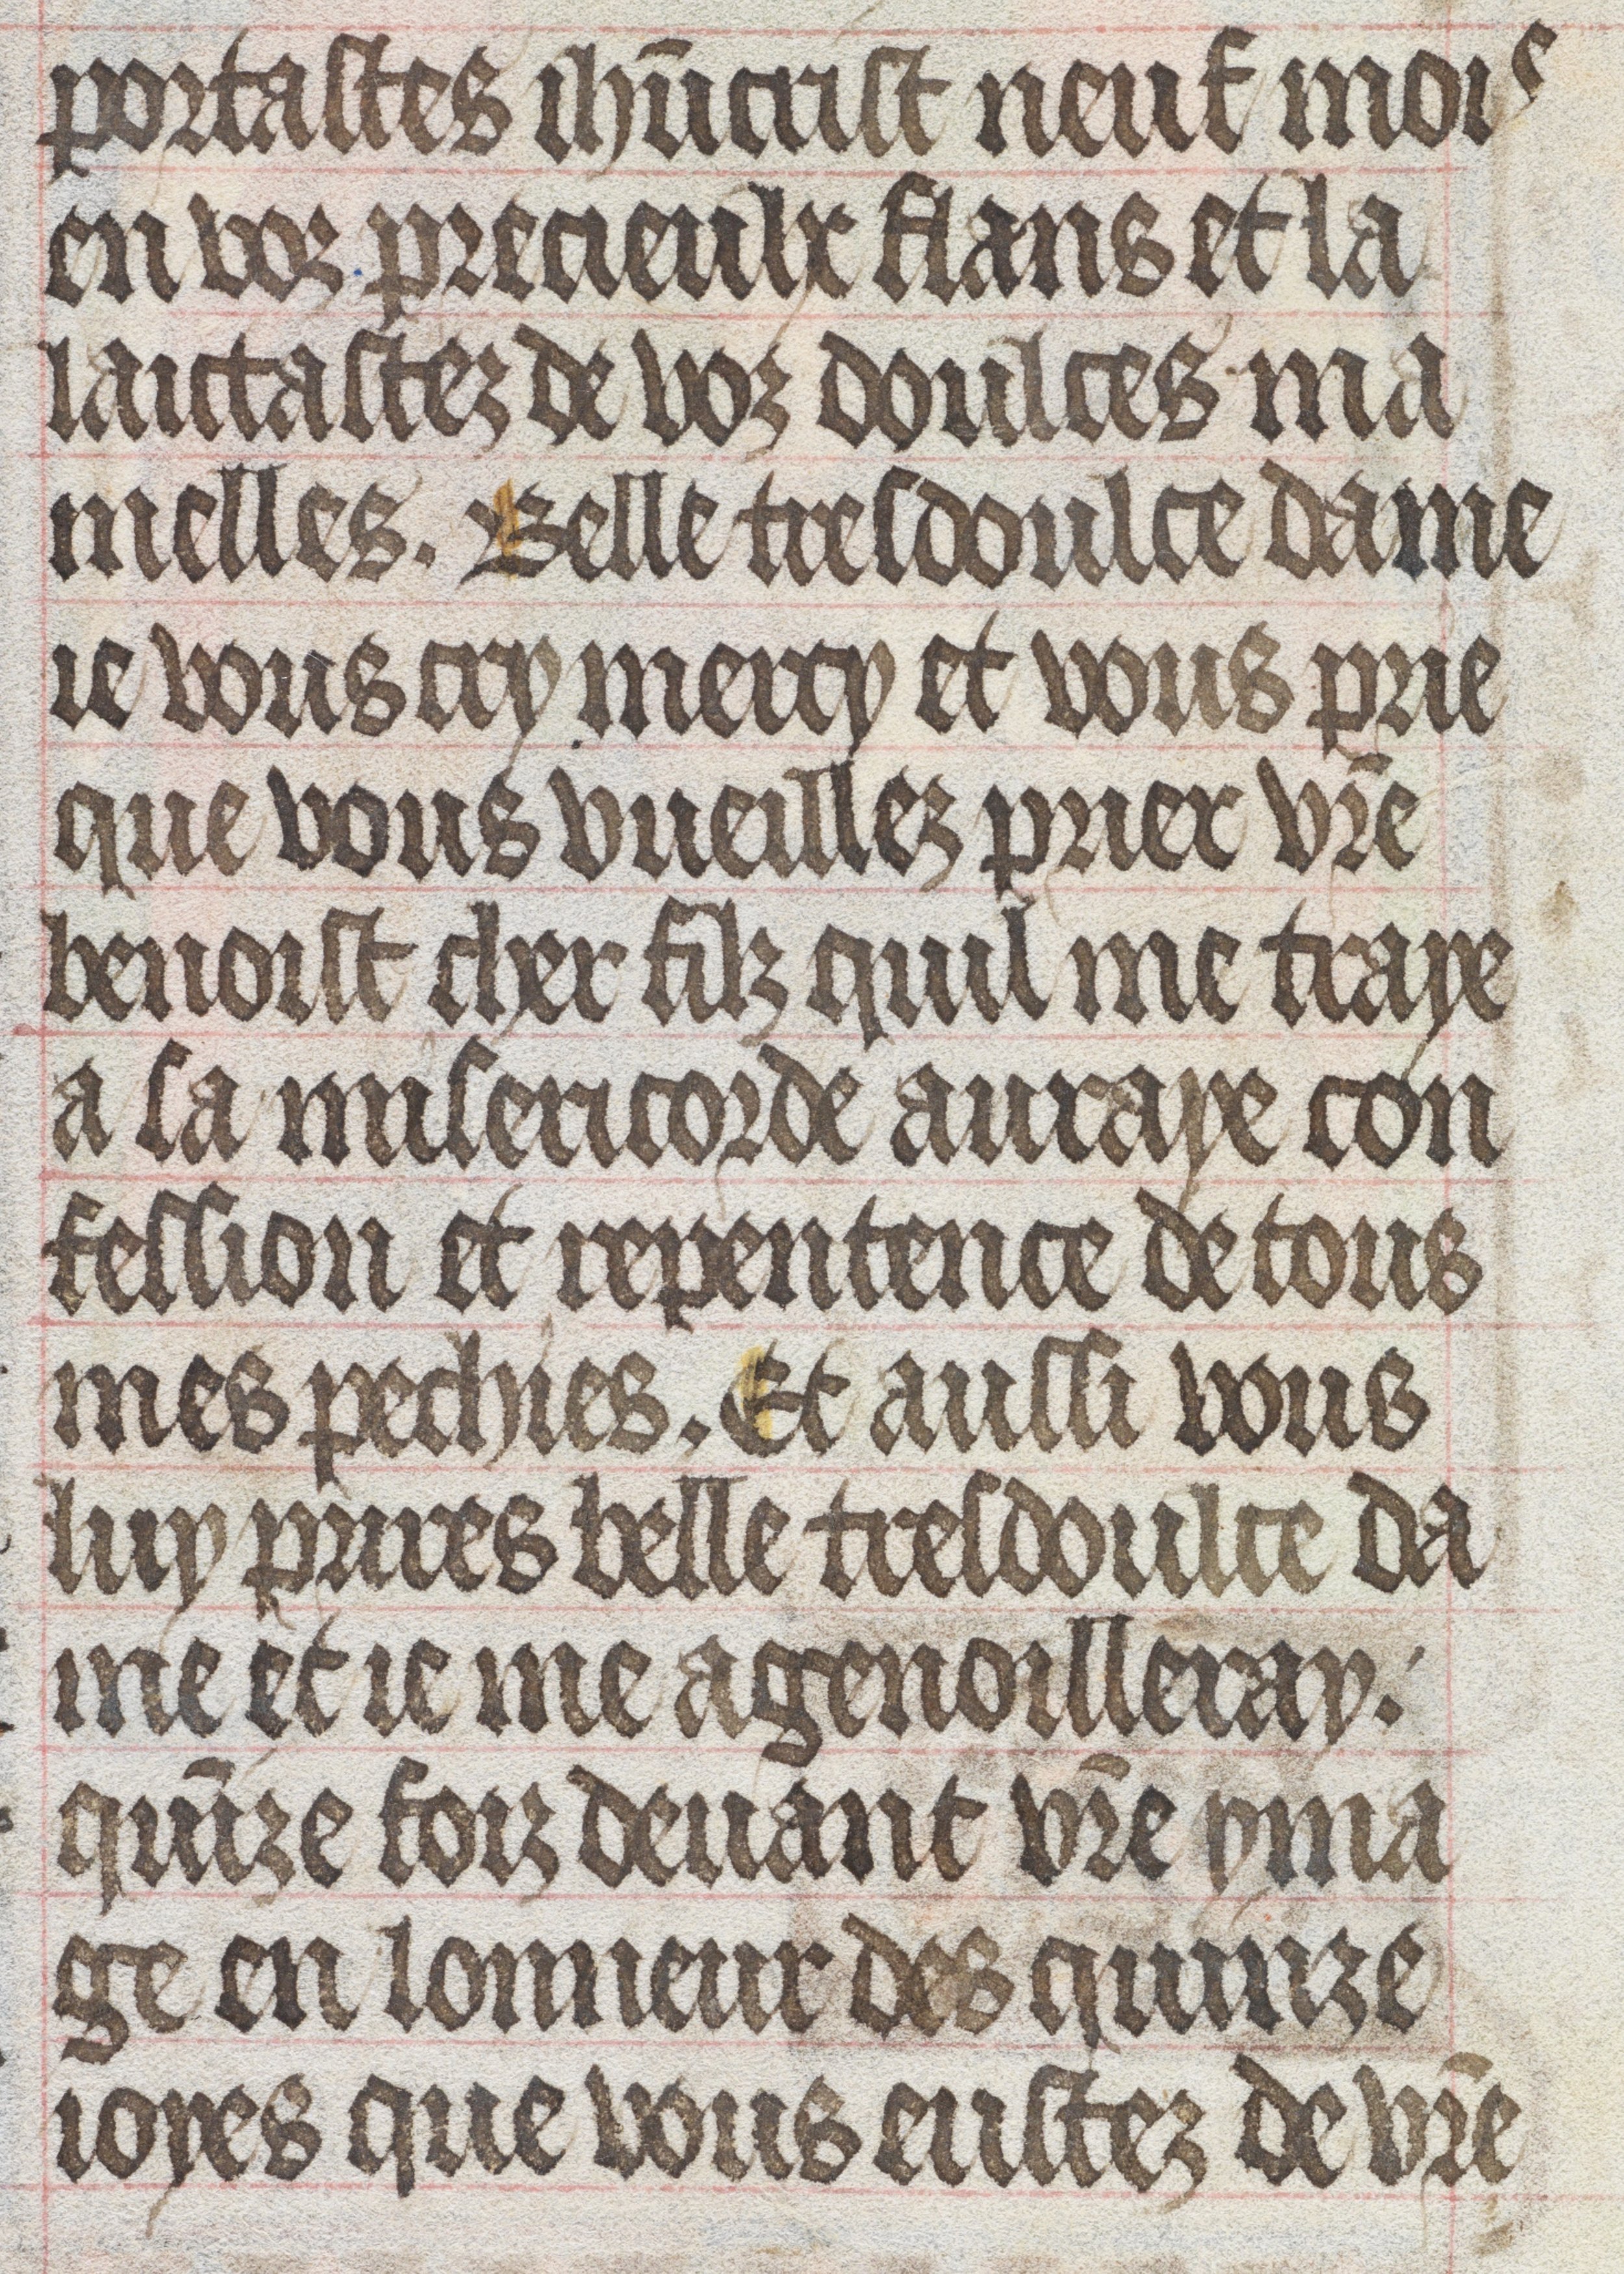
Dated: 1450–1499